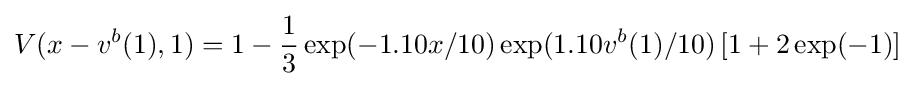
V(x-v^{b}(1),1)=1-{\frac {1}{3}}\exp(-1.10x/10)\exp(1.10v^{b}(1)/10)\left[1+2\exp(-1)\right]